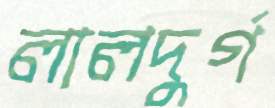
লালদুর্গ